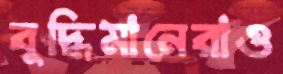
বুদ্ধিমানেরাও